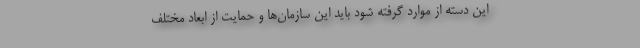
این دسته از موارد گرفته شود باید این سازمان‌ها و حمایت از ابعاد مختلف